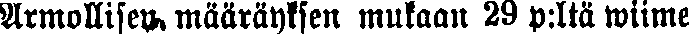
Armollisen määräyksen mukaan 29 p:ltä wiime